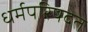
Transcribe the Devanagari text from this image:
धर्मपरिषदेत